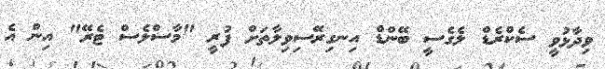
ވިދާޅުވީ ސެކްރެޑް ލެގެސީ ބޭންޑް އިނގިރޭސިވިލާތަށް ފުރީ "މާސްލެސް ޓެރޭ" އިން އެ